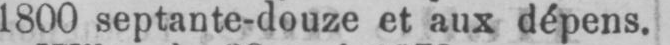
1800 septante-douze et aux dépens.